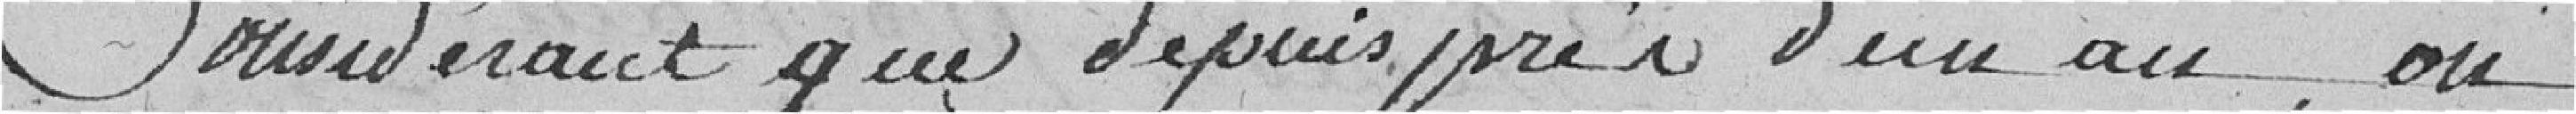
Considérant que depuis près d'un an, on